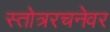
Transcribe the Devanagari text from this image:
स्तोत्ररचनेवर